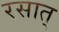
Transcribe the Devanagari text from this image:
रसात्